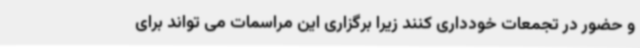
و حضور در تجمعات خودداری کنند زیرا برگزاری این مراسمات می تواند برای